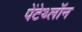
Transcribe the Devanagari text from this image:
पेंटेथ्लॉन